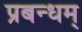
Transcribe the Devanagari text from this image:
प्रबन्धम्